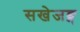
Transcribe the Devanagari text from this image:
सखेजङ्ग